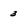
Character: 3